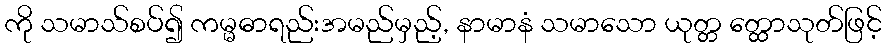
ကို သမာသ်စပ်၍ ကမ္မဓာရည်းအမည်မှည့်, နာမာနံ သမာသော ယုတ္တ တ္ထောသုတ်ဖြင့်